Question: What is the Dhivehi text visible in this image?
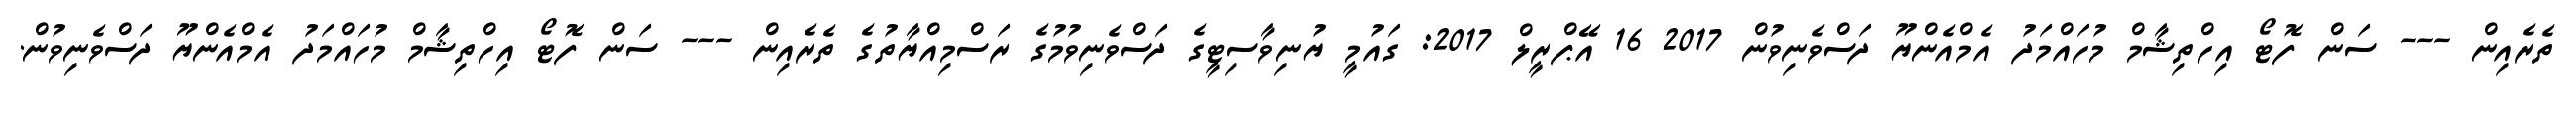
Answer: ތެރެއިން --- ސަން ފޮޓޯ އިހްތިޝާމް މުހައްމަދު އެމްއެންޔޫ ދަސްވެނިވުން 2017 16 އޭޕްރީލް 2017: ގައުމީ ޔުނިވާސިޓީގެ ދަސްވެނިވުމުގެ ރަސްމިއްޔާތުގެ ތެރެއިން --- ސަން ފޮޓޯ އިހްތިޝާމް މުހައްމަދު އެމްއެންޔޫ ދަސްވެނިވުން.